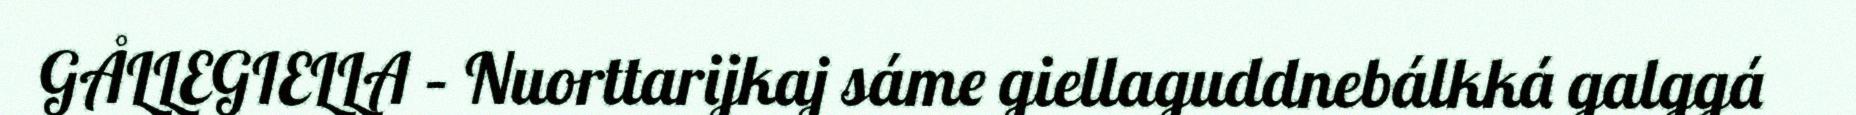
GÅLLEGIELLA – Nuorttarijkaj sáme giellaguddnebálkká galggá